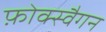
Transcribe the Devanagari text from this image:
फ़ोक्स्वैगन